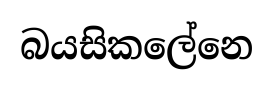
බයසිකලේනෙ